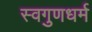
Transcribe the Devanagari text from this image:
स्वगुणधर्म